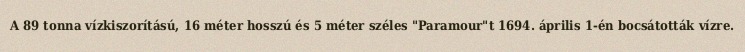
A 89 tonna vízkiszorítású, 16 méter hosszú és 5 méter széles "Paramour"t 1694. április 1-én bocsátották vízre.